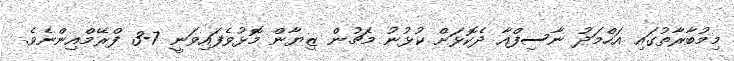
މިމުބާރާތުގައި އަހްމަދު ނާސިފްއާ ދެކޮޅަށް ކުޅުނު މެޗުން ޒިޔާން މޮޅުވެފައިވަނީ 7-3 ފްރޭމްއިންނެވެ.